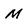
Character: M